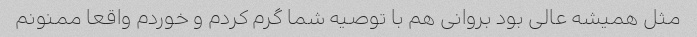
مثل همیشه عالی بود بروانی هم با توصیه شما گرم کردم و خوردم واقعا ممنونم